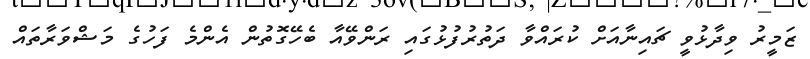
ޒަމީރު ވިދާޅުވީ ޗައިނާއަށް ކުރައްވާ ދަތުރުފުޅުގައި ރަންވޭއާ ބެހޭގޮތުން އެންމެ ފަހުގެ މަޝްވަރާތައް